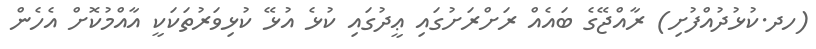
(ހދ.ކުޅުދުއްފުށި) ރާއްޖޭގެ ބައެއް ރަށްރަށުގައި ޢީދުގައި ކުޅެ އުޅޭ ކުޅިވަރުތަކަކީ އާއްމުކޮށް އެހެން